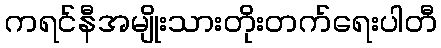
ကရင်နီအမျိုးသားတိုးတက်ရေးပါတီ